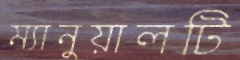
ম্যানুয়ালটি